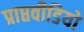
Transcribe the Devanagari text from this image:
प्राप्तवीडियो